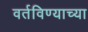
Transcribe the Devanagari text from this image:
वर्तविण्याच्या